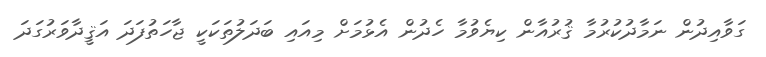
ގަވާއިދުން ނަމާދުކުރުމާ ޤުރުއާން ކިޔެވުމާ ހެދުން އެޅުމަށް މިއައި ބަދަލުތަކަކީ ޖާހަތުފަދަ އަޤީދާވަރުގަދަ